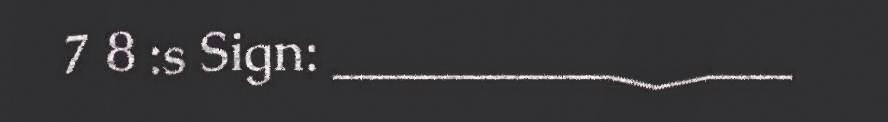
7 8 :s Sign: _________________